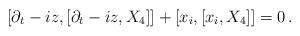
LaTeX: \begin{align*}[\partial_t-iz,[\partial_t-iz,X_4]]+ [x_i,[x_i,X_4]]=0 \,. \end{align*}